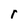
Character: r